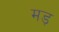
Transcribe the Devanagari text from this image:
मड़